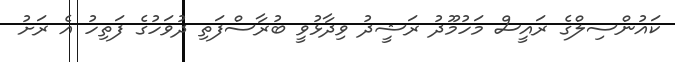
ކައުންސިލްގެ ރައީސް މަހުމޫދު ރަޝީދު ވިދާޅުވީ ބުރާސްފަތި ދުވަހުގެ ފަތިހު އެ ރަށު